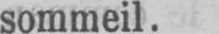
sommeil.